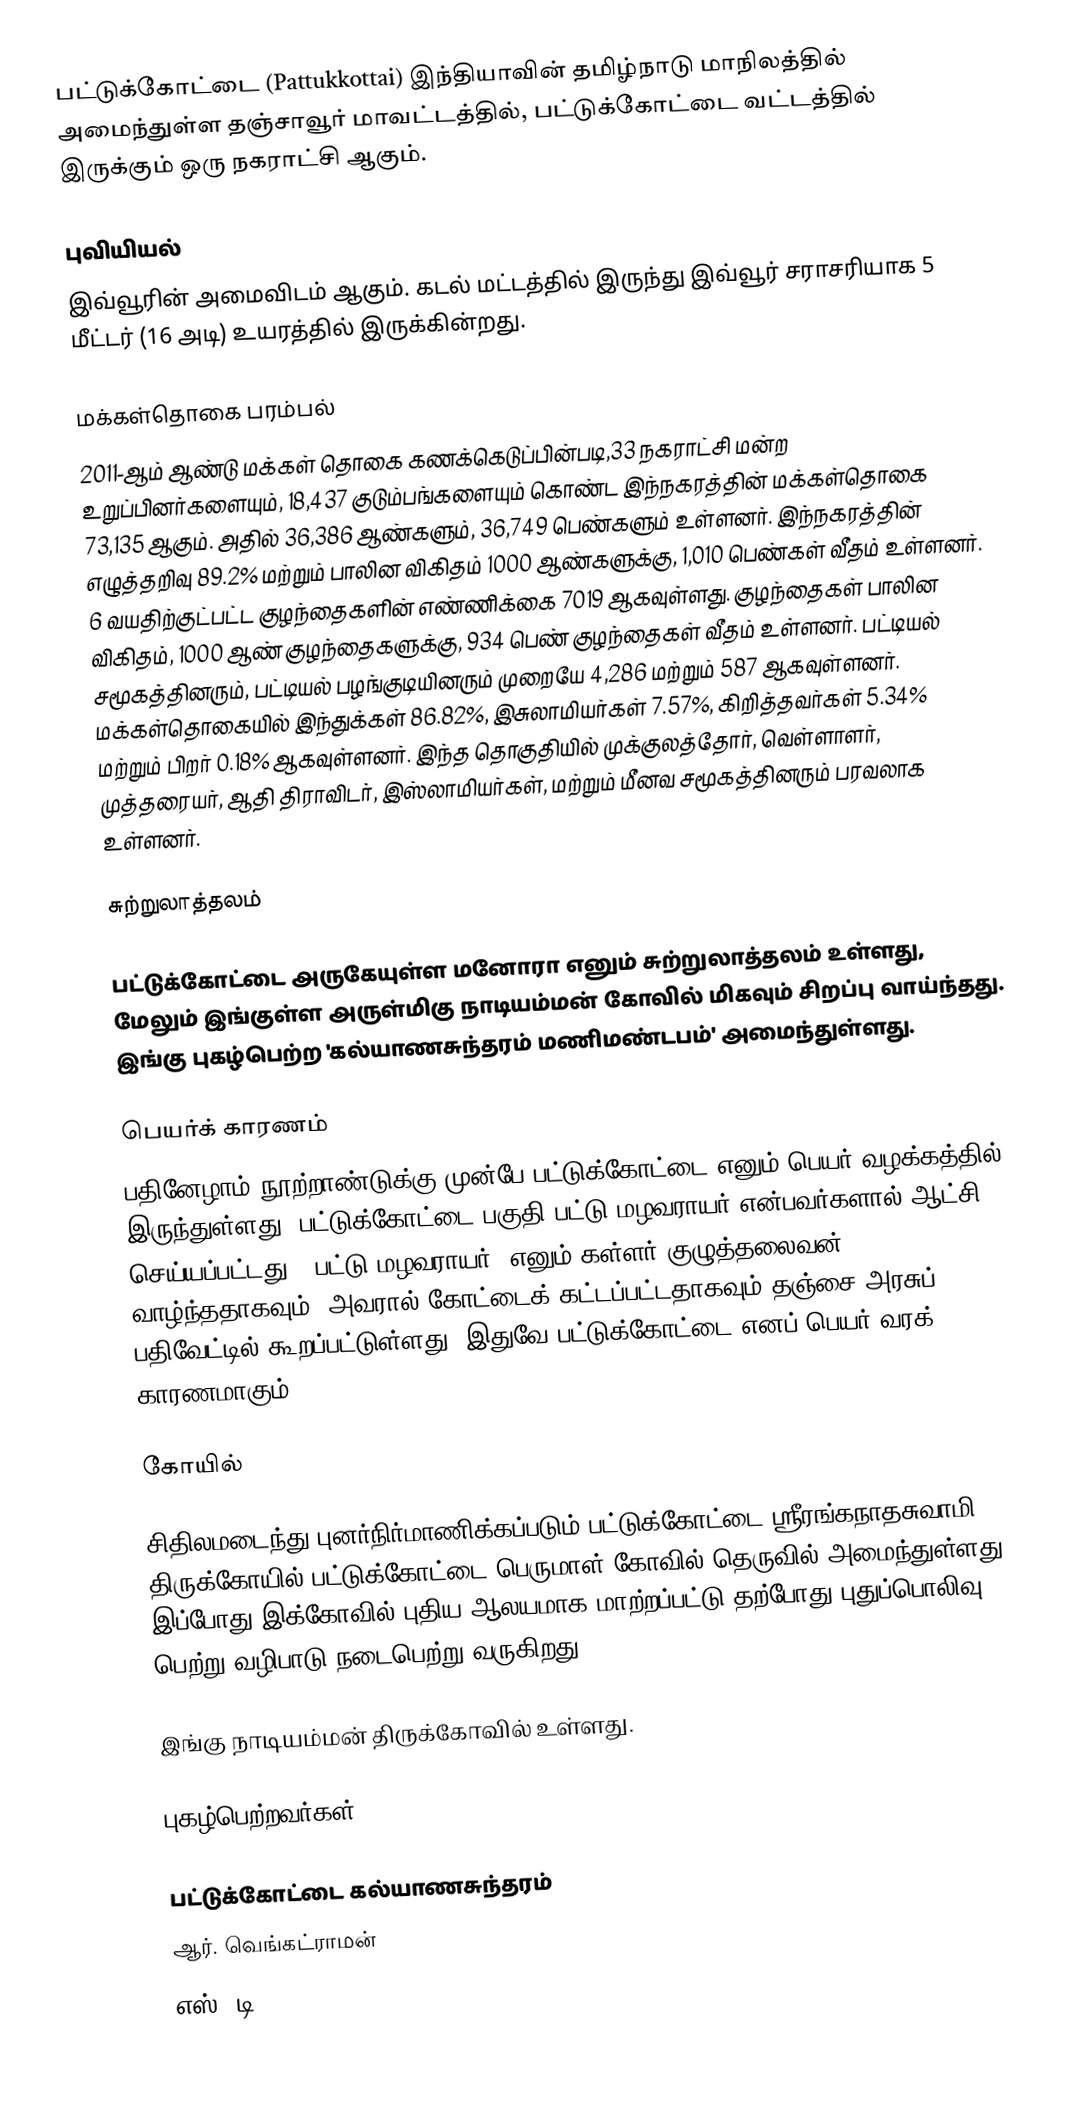
பட்டுக்கோட்டை (Pattukkottai) இந்தியாவின் தமிழ்நாடு மாநிலத்தில் அமைந்துள்ள தஞ்சாவூர் மாவட்டத்தில், பட்டுக்கோட்டை வட்டத்தில் இருக்கும் ஒரு நகராட்சி ஆகும்.

புவியியல்
இவ்வூரின் அமைவிடம்  ஆகும். கடல் மட்டத்தில் இருந்து இவ்வூர் சராசரியாக 5 மீட்டர் (16 அடி) உயரத்தில் இருக்கின்றது.

மக்கள்தொகை பரம்பல்
2011-ஆம் ஆண்டு மக்கள் தொகை கணக்கெடுப்பின்படி,33  நகராட்சி மன்ற உறுப்பினர்களையும், 18,437 குடும்பங்களையும் கொண்ட இந்நகரத்தின் மக்கள்தொகை 73,135  ஆகும். அதில் 36,386 ஆண்களும், 36,749 பெண்களும் உள்ளனர். இந்நகரத்தின் எழுத்தறிவு 89.2% மற்றும் பாலின விகிதம் 1000 ஆண்களுக்கு, 1,010 பெண்கள் வீதம் உள்ளனர். 6 வயதிற்குட்பட்ட குழந்தைகளின் எண்ணிக்கை  7019 ஆகவுள்ளது. குழந்தைகள் பாலின விகிதம்,  1000 ஆண் குழந்தைகளுக்கு, 934  பெண் குழந்தைகள்  வீதம் உள்ளனர். பட்டியல் சமூகத்தினரும், பட்டியல் பழங்குடியினரும் முறையே 4,286 மற்றும் 587 ஆகவுள்ளனர். மக்கள்தொகையில் இந்துக்கள் 86.82%,  இசுலாமியர்கள் 7.57%, கிறித்தவர்கள் 5.34% மற்றும் பிறர் 0.18% ஆகவுள்ளனர். இந்த தொகுதியில் முக்குலத்தோர், வெள்ளாளர், முத்தரையர், ஆதி திராவிடர், இஸ்லாமியர்கள், மற்றும் மீனவ சமூகத்தினரும் பரவலாக உள்ளனர்.

சுற்றுலாத்தலம்

பட்டுக்கோட்டை அருகேயுள்ள மனோரா எனும் சுற்றுலாத்தலம் உள்ளது, மேலும் இங்குள்ள அருள்மிகு நாடியம்மன் கோவில் மிகவும் சிறப்பு வாய்ந்தது. இங்கு புகழ்பெற்ற 'கல்யாணசுந்தரம் மணிமண்டபம்' அமைந்துள்ளது.

பெயர்க் காரணம்
பதினேழாம் நூற்றாண்டுக்கு முன்பே பட்டுக்கோட்டை எனும் பெயர் வழக்கத்தில் இருந்துள்ளது. பட்டுக்கோட்டை பகுதி பட்டு மழவராயர் என்பவர்களால் ஆட்சி செய்யப்பட்டது. ’பட்டு மழவராயர்’ எனும் கள்ளர் குழுத்தலைவன் வாழ்ந்ததாகவும், அவரால் கோட்டைக் கட்டப்பட்டதாகவும் தஞ்சை அரசுப் பதிவேட்டில் கூறப்பட்டுள்ளது. இதுவே பட்டுக்கோட்டை எனப் பெயர் வரக் காரணமாகும்.

கோயில்

சிதிலமடைந்து புனர்நிர்மாணிக்கப்படும் பட்டுக்கோட்டை ஸ்ரீரங்கநாதசுவாமி திருக்கோயில் பட்டுக்கோட்டை  பெருமாள் கோவில் தெருவில் அமைந்துள்ளது. இப்போது இக்கோவில் புதிய ஆலயமாக மாற்றப்பட்டு தற்போது புதுப்பொலிவு பெற்று வழிபாடு நடைபெற்று வருகிறது.

இங்கு நாடியம்மன் திருக்கோவில் உள்ளது.

புகழ்பெற்றவர்கள்

பட்டுக்கோட்டை கல்யாணசுந்தரம்
ஆர். வெங்கட்ராமன்
எஸ். டி.